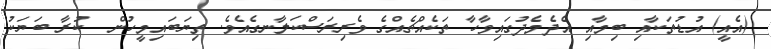
(އެއީ) އުޑުތަކާއި ބިމާއި އެދެމެދުގައިވާހާ ތަކެއްޗެއްގެ ވެރިރަސްކަލާނގެއެވެ. ތިޔަބައިމީހުން  ކުރާ ބަޔަކު